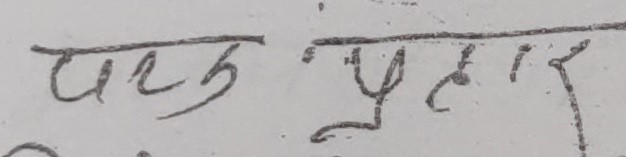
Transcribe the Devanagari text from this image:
पक्ष प्रकार